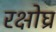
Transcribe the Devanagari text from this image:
रक्षोघ्र